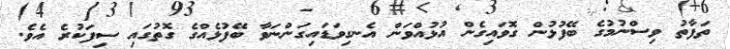
ތަފާތު ވިސްނުމުގެ ބޭފުޅުން ގޮވައިގެން އުޅުއްވަން އެނގިވަޑައިގަންނަވާ ބޭފުޅެއްގެ ގޮތުގައި ސިފަކުރެ އެވެ.